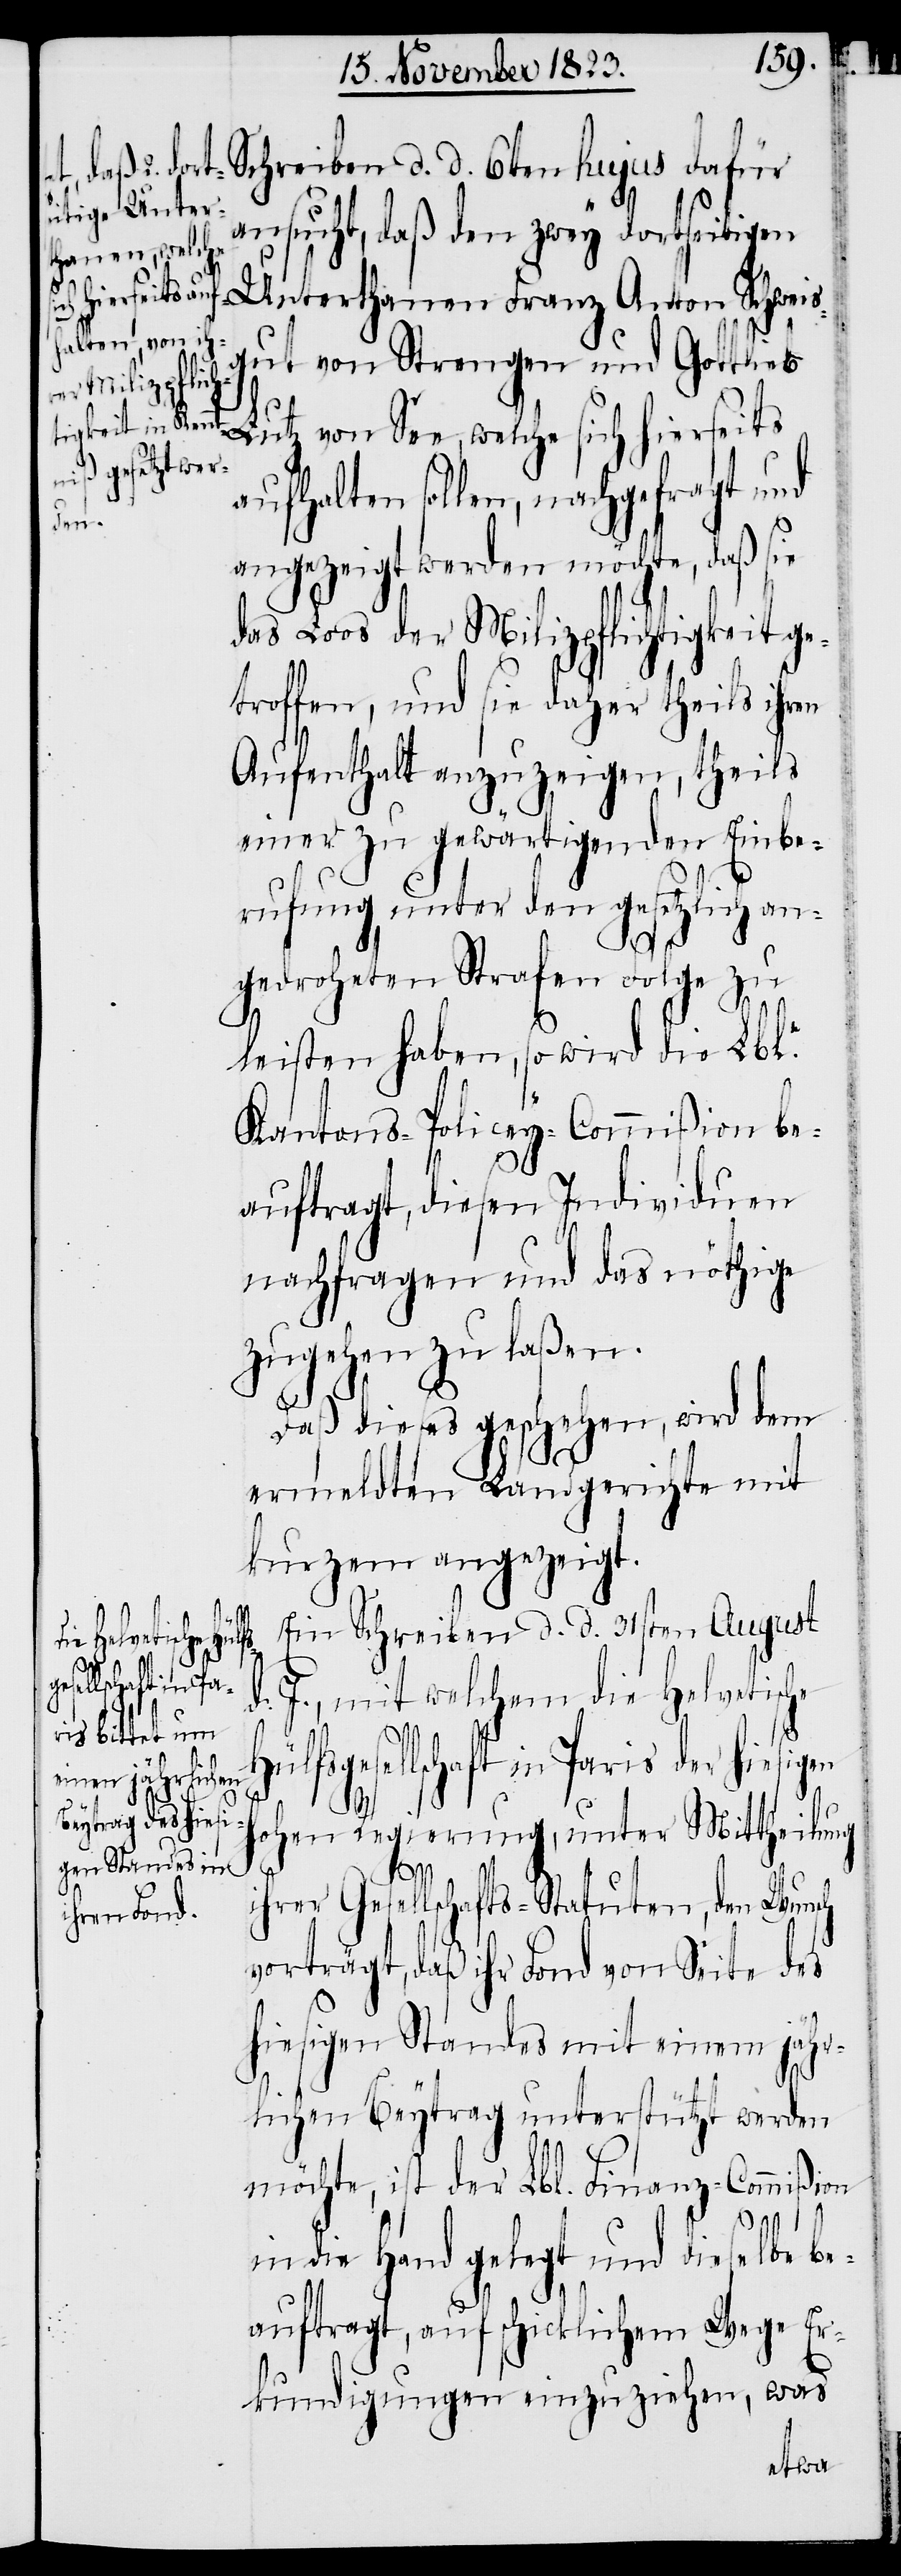
ansucht, daß den zwey dortseitigen
Schreiben
Unterthanen Franz Anton Schweis¬
gut von Strengen und Gottlieb
Lutz von See, welche sich hierseits
aufhalten sollen, nachgefragt und
angezeigt werden möchte, daß sie
das Loos der Milizpflichtigkeit ge¬
troffen, und sie daher theils ihren
Aufenthalt anzuzeigen, theils
einer zu gewärtigenden Einbe¬
rufung unter den gesetzlich an¬
gedroheten Strafen Folge zu
leisten haben, so wird die Lble.
Kantons-Policey-Commißion be¬
auftragt, diesen Individuen
nachfragen und das nöthige
zugehen zu laßen.
d.
Daß dieses geschehen, wird dem
ermeldten Landgerichte mit
kurzem angezeigt.
Ein Schreiben d. d. 31sten August
d. J., mit welchem die Helvetische
Hülfsgesellschaft in Paris der hiesigen
hohen Regierung, unter Mittheilung
ihrer Gesellschafts-Statuten, den Wunsch
vorträgt, daß ihr Fond von Seite des
hiesigen Standes mit einem jähr¬
lichen Beytrag unterstützt werden
möchte, ist der Lbl. Finanz-Commißion
in die Hand gelegt und dieselbe be¬
auftragt, auf schicklichem Wege Er¬
kundigungen einzuziehen, was